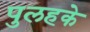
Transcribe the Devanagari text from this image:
पुलहके